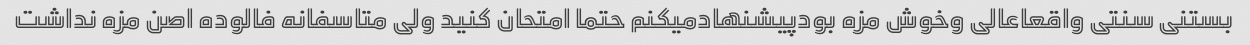
بستنی سنتی واقعاعالی وخوش مزه بودپیشنهادمیکنم حتما امتحان کنید ولی متاسفانه فالوده اصن مزه نداشت